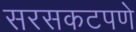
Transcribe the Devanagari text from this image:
सरसकटपणे